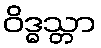
ဝိဒ္ဓသ္တာ